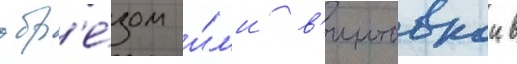
обр'е́зом и́л'и в'интовкои в